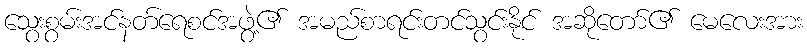
သွေးစွမ်းအင်နတ်ရေစင်အဖွဲ့၏ အမည်စာရင်းတင်သွင်းနိုင် အဆိုတော်၏ မေလေးအား